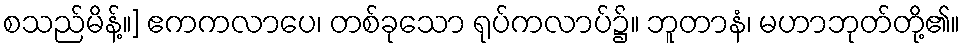
စသည်မိန့်။] ဧကကလာပေ၊ တစ်ခုသော ရုပ်ကလာပ်၌။ ဘူတာနံ၊ မဟာဘုတ်တို့၏။